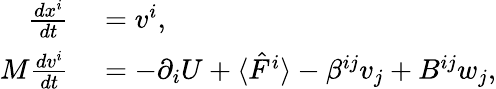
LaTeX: \begin{array}{rl}{\frac{dx^{i}}{dt}}&{{}=v^{i},}\\ {M\frac{dv^{i}}{dt}}&{{}=-\partial_{i}U+\langle\hat{F}^{i}\rangle-\beta^{ij}v_{j}+B^{ij}w_{j},}\end{array}